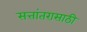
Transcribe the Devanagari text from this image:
सत्तांतरासाठी